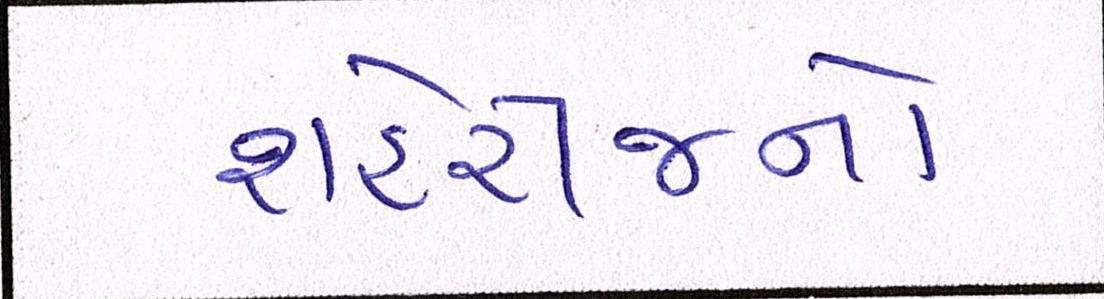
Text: શહેરીજનો